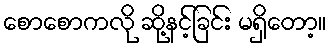
စောစောကလို ဆို့နင့်ခြင်း မရှိတော့။